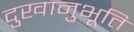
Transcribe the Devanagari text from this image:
दुखानुभूति